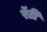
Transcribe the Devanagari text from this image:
रॅटी